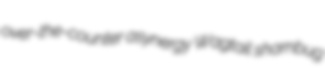
over-the-counter asynergy Wagtail sharnbug